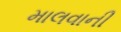
માલવાની